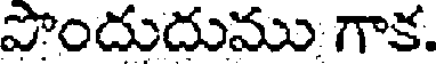
పొందుదుము గాక.